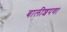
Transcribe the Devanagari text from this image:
बालीशपणा